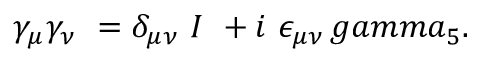
\gamma _ { \mu } \gamma _ { \nu } \ = \delta _ { \mu \nu } \ I \ + i \ \epsilon _ { \mu \nu } \, g a m m a _ { 5 } .